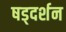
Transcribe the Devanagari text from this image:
षड्‌दर्शन